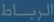
الانضباط